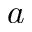
a